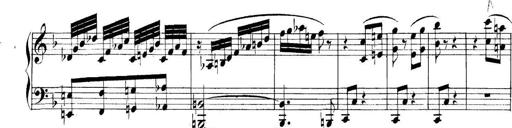
Title: Collected Piano Sonatas
Composer: Muzio Clementi